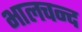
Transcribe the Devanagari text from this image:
भालचन्द